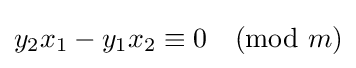
y_{2}x_{1}-y_{1}x_{2}\equiv 0{\pmod {m}}